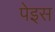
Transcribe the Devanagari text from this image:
पेइस